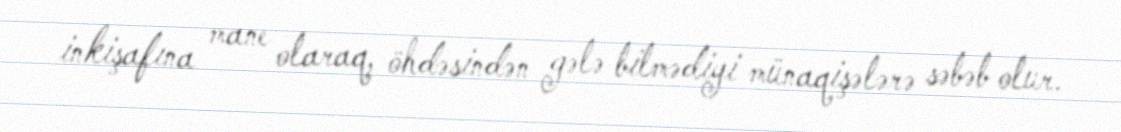
inkişafına mane olaraq, öhdəsindən gələ bilmədiyi münaqişələrə səbəb olur.